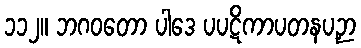
၁၁၂။ ဘဂဝတော ပါဒေ ပပဋိကာပတနပဉှာ